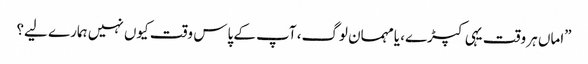
”اماں ہر وقت یہی کپڑے، یامہمان لوگ، آپ کے پاس وقت کیوں نہیں ہمارے لیے؟